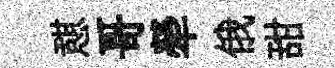
憇哥犖俄甜